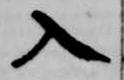
入